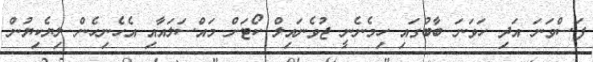
ފަސްވަނަ އަދި ހަވަނަ ބާބުގައި ހިމެނެނީ ޖުވެނައިލް ކޯޓަށް މައްސަލައާއި އެހެނިހެން ލިޔެކިޔުން